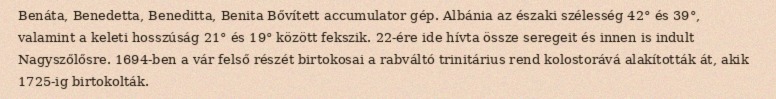
Benáta, Benedetta, Beneditta, Benita Bővített accumulator gép. Albánia az északi szélesség 42° és 39°, valamint a keleti hosszúság 21° és 19° között fekszik. 22-ére ide hívta össze seregeit és innen is indult Nagyszőlősre. 1694-ben a vár felső részét birtokosai a rabváltó trinitárius rend kolostorává alakították át, akik 1725-ig birtokolták.